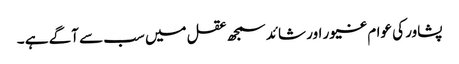
پشاور کی عوام غیور اور شائد سمجھ عقل میں سب سے آگے ہے ۔